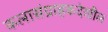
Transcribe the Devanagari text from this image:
कलासंग्राहकदेखील